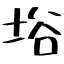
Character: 﨏